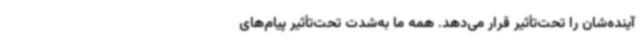
آینده‌شان را تحت‌تأثیر قرار می‌دهد. همه ما به‌شدت تحت‌تأثیر پیام‌های